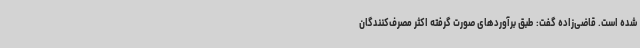
شده است. قاضی‌زاده گفت: طبق برآوردهای صورت گرفته اکثر مصرف‌کنندگان